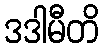
ဒဒါမီတိ